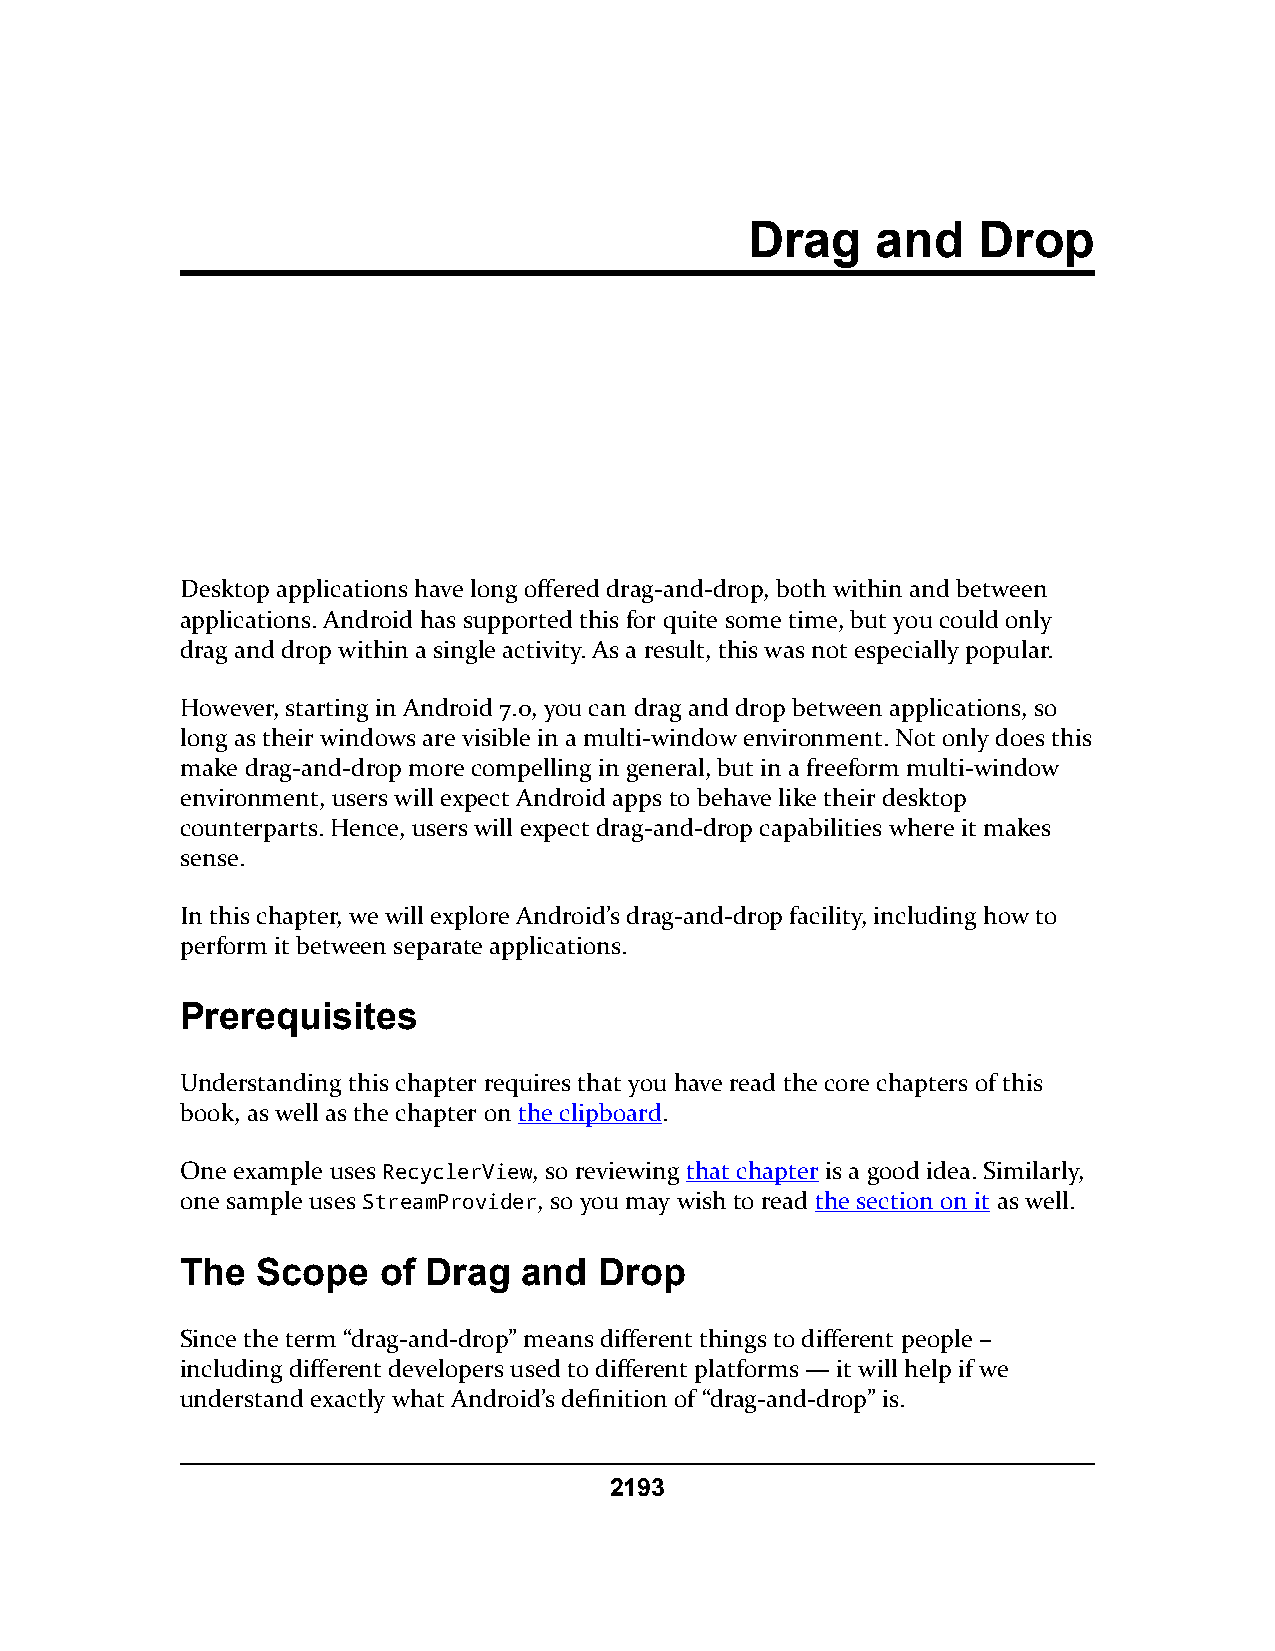
Drag    and    Drop
 Desktop applications have long offered drag-and-drop, both within and between
 applications. Android has supported this for quite some time, but you could only
 drag and drop within a single activity. As a result, this was not especially popular.
 However, starting in Android 7.0, you can drag and drop between applications, so
 long as their windows are visible in a multi-window environment. Not only does this
 make drag-and-drop more compelling in general, but in a freeform multi-window
 environment, users will expect Android apps to behave like their desktop
 counterparts. Hence, users will expect drag-and-drop capabilities where it makes
 sense.
 In this chapter, we will explore Android’s drag-and-drop facility, including how to
 perform it between separate applications.
 Prerequisites
 Understanding this chapter requires that you have read the core chapters of this
 book, as well as the chapter on the clipboard.
 One example uses RecyclerView, so reviewing that chapter is a good idea. Similarly,
 one sample uses StreamProvider, so you may wish to read the section on it as well.
 The  Scope   of Drag   and  Drop
 Since the term “drag-and-drop” means different things to different people –
 including different developers used to different platforms — it will help if we
 understand exactly what Android’s definition of “drag-and-drop” is.
 2193